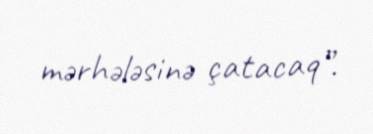
mərhələsinə çatacaq”.